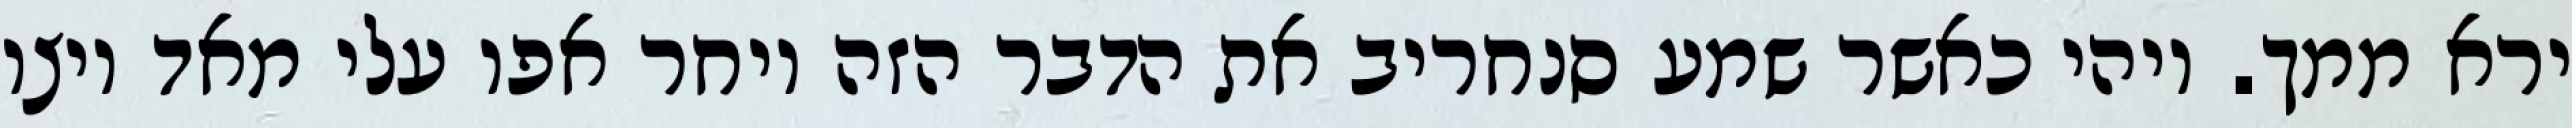
ירא ממך. ויהי כאשר שמע סנחריב את הדבר הזה ויחר אפו עלי מאד ויצו